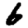
Digit: 6